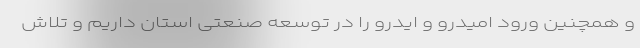
و همچنین ورود امیدرو و ایدرو را در توسعه صنعتی استان داریم و تلاش